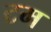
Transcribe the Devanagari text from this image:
टम